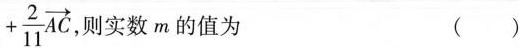
$$+ \frac{2}{11}\overrightarrow{AC}$$ 则实数m的值为 ( )